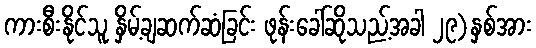
ကားစီးနိုင်သူ နှိမ့်ချဆက်ဆံခြင်း ဖုန်းခေါ်ဆိုသည့်အခါ ၂၉)နှစ်အား